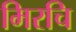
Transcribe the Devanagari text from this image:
मिरचि